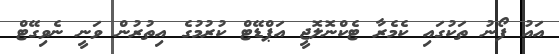
އައު ފޯނު ތަކުގައި ކެމެރާ ޓެކްނޮލޮޖީ އަޕްޑޭޓް ކުރުމުގެ އިތުރުން ވަނީ ނެވިގޭޓް